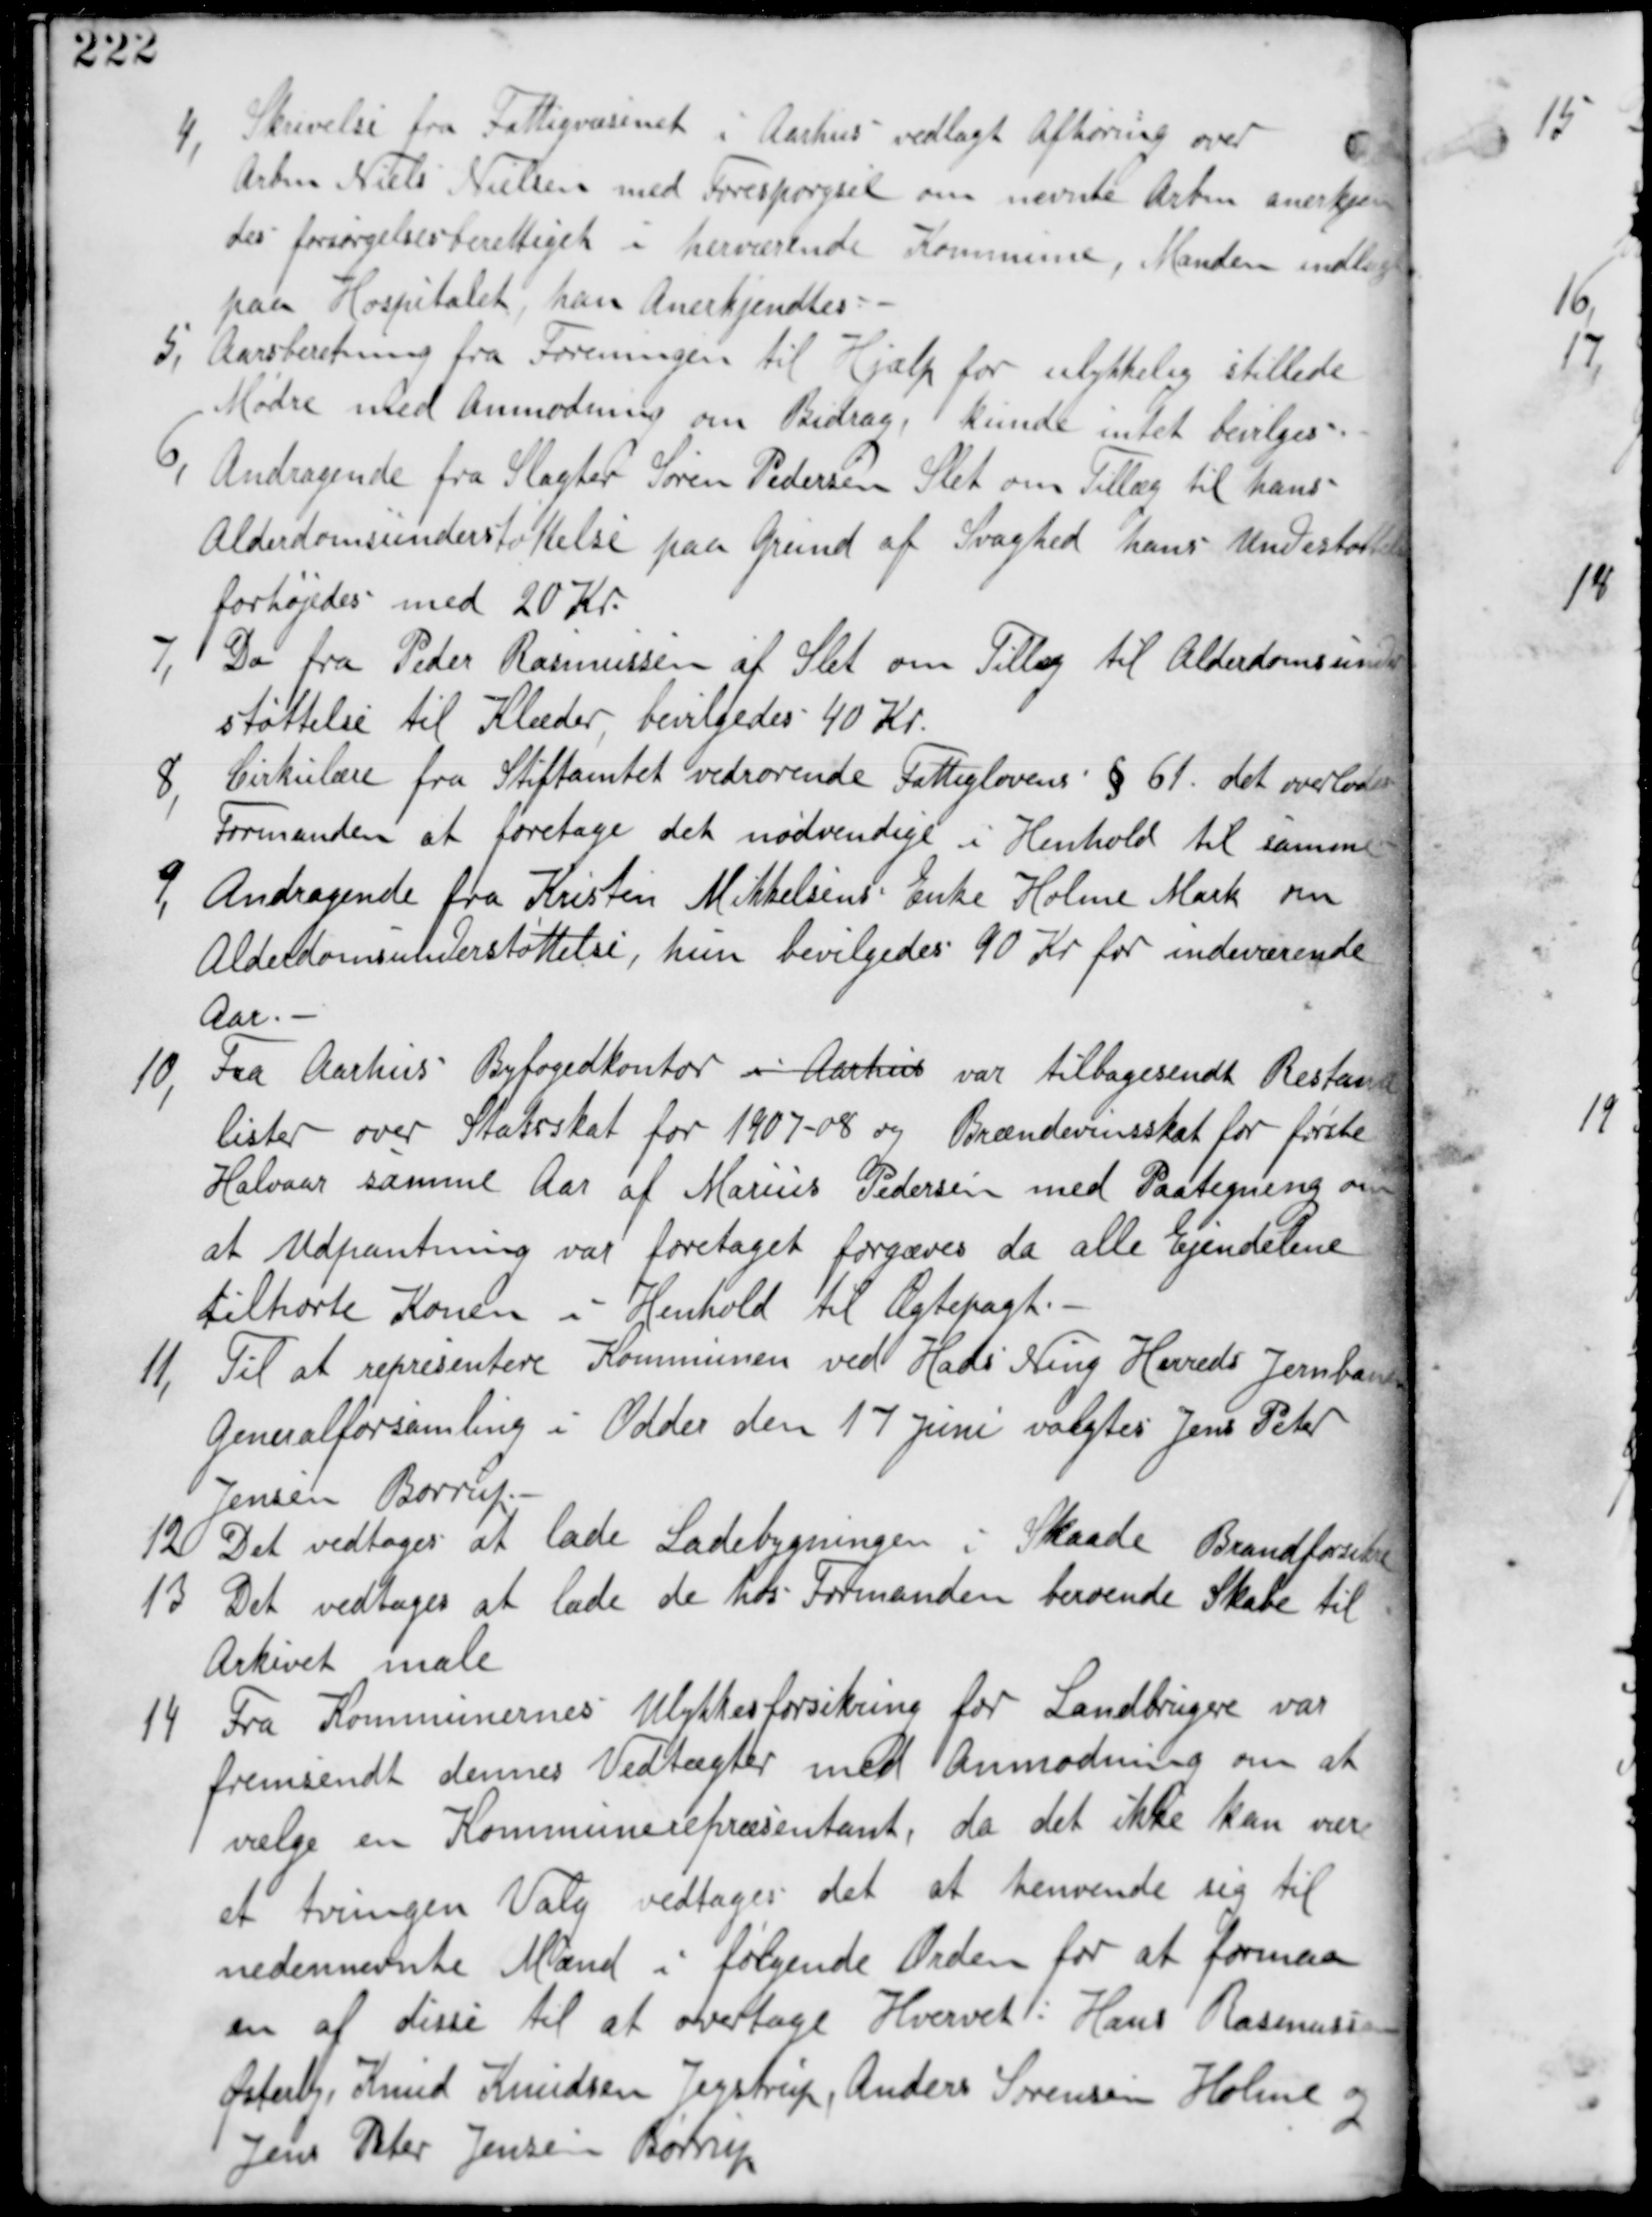
Transskription:
4,
Skrivelse fra Fattigvæsenet i Aarhus vedlagt Afhøring over
Arbm Niels Nielsen med Forespørgsel om nævnte Arbm anerken
des forsørgelsesberettiget i herværende Kommune, Manden indlagt
paa Hospitalet, han anerkendes.

5, Aarsberetning fra Foreningen til Hjælp for ulykkelig stillede
Mødre med Anmodning om Bidrag, kunde ikke bevilges.

6, Andragende fra Slagter Søren Pedersen Slet om Tillæg til hans
Alderdomsunderstøttelse paa Grund af Svaghed hans Understøttelse
forhøjes med 20 Kr.

7,
Do fra Peder Rasmussen af Slet om Tillæg til Alderdomsunder
støttelse til Klæder, bevilgedes 40 Kr.

8, Cirkulære fra Stiftamtet vedrørende Fattiglovens §61 det overlades
Formanden at foretage det nødvendige i Henhold til samme.

9, Andragende fra Kristen Mikkelsens Enke Holme Mark om
Alderdomsunderstøttelse, hun bevilgedes 90 Kr for indeværende
Aar.-

10, Fra Aarhus Byfogedkontor i Aarhus var tilbagesendt Restance
lister over Statsskat for 1907-08 og Brændevinsskat for første
Halvaar samme Aar af Marius Pedersen med Paategning om
at Udpantning var foretaget forgæves da alle Ejendelene
tilhørte Konen i Henhold til Ægtepagt.

11, Til at representere Kommunen ved Hads Ning Herreds Jernbanes
Geeneralforsamling i Odder den 17 Juni valgtes Jens Peter
Jensen Børrup.

12 Det vedtages at lade Ladebygningen i Skaade Brandforsikre.

13 Det vedtages at lade de hos Formanden beroende Skabe til
Arkivet male

14 Fra Kommunens Ulykkesforsikring for Landbrugere var
fremsendt dennes Vedtægter med Anmodning om at
vælge en Kommunerepræsentant, da det ikke kan være
et  tvungen Valg vedtages det at henvende sig til
nedennævnte Mænd i følgende Orden for at formaa
en af disse til at overtage Hvervet: Hans Rasmussen
Østerby, Knud Knudsen Jegstrup, Anders Sørensen Holme og
Jens Peter Jensen Børrup.